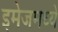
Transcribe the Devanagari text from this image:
इमेजमध्ये